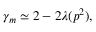
\gamma _ { m } \simeq 2 - 2 \lambda ( p ^ { 2 } ) ,